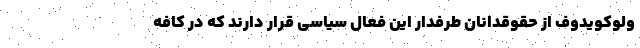
ولوکویدوف از حقوقدانان طرفدار این فعال سیاسی قرار دارند که در کافه